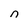
Character: n